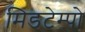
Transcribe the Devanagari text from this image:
मिडटेम्पो